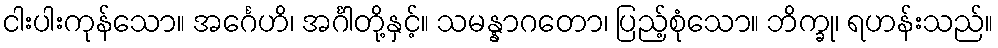
ငါးပါးကုန်သော။ အင်္ဂေဟိ၊ အင်္ဂါတို့နှင့်။ သမန္နာဂတော၊ ပြည့်စုံသော။ ဘိက္ခု၊ ရဟန်းသည်။